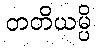
တတိယမ္ပိ